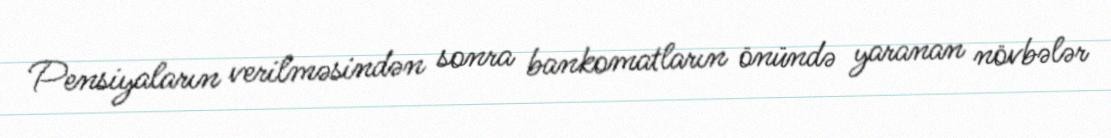
Pensiyaların verilməsindən sonra bankomatların önündə yaranan növbələr